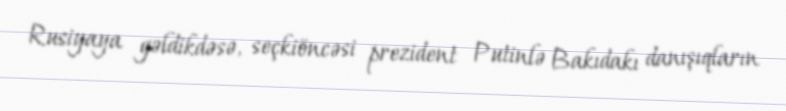
Rusiyaya gəldikdəsə, seçkiöncəsi prezident Putinlə Bakıdakı danışıqların